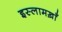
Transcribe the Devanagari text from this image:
इस्लामख़ाँ